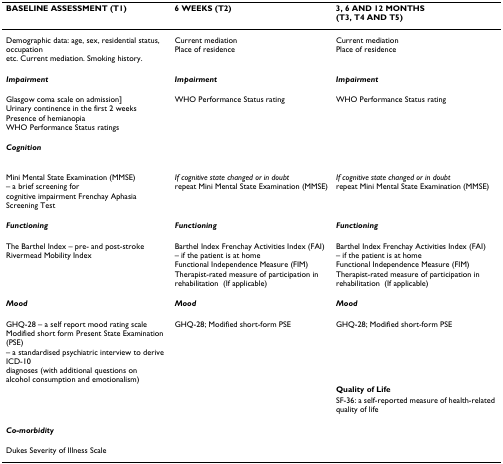
<table><thead><tr><td><b>BASELINE ASSESSMENT (T1)</b></td><td><b>6 WEEKS (T2)</b></td><td><b>3, 6 AND 12 MONTHS(T3, T4 AND T5)</b></td></tr></thead><tbody><tr><td>Demographic data: age, sex, residential status, occupation etc. Current mediation. Smoking history.</td><td>Current mediationPlace of residence</td><td>Current mediationPlace of residence</td></tr><tr><td><b><i>Impairment</i></b></td><td><b><i>Impairment</i></b></td><td><b><i>Impairment</i></b></td></tr><tr><td>Glasgow coma scale on admission]Urinary continence in the first 2 weeksPresence of hemianopiaWHO Performance Status ratings</td><td>WHO Performance Status rating</td><td>WHO Performance Status rating</td></tr><tr><td><b><i>Cognition</i></b></td><td>[EMPTY_CELL]</td><td>[EMPTY_CELL]</td></tr><tr><td>Mini Mental State Examination (MMSE) – a brief screening for cognitive impairment Frenchay Aphasia Screening Test</td><td><i>If cognitive state changed or in doubt </i>repeat Mini Mental State Examination (MMSE)</td><td><i>If cognitive state changed or in doubt </i>repeat Mini Mental State Examination (MMSE)</td></tr><tr><td><b><i>Functioning</i></b></td><td><b><i>Functioning</i></b></td><td><b><i>Functioning</i></b></td></tr><tr><td>The Barthel Index – pre- and post-strokeRivermead Mobility Index</td><td>Barthel Index Frenchay Activities Index (FAI) – if the patient is at homeFunctional Independence Measure (FIM)Therapist-rated measure of participation in rehabilitation(If applicable)</td><td>Barthel Index Frenchay Activities Index (FAI) – if the patient is at homeFunctional Independence Measure (FIM)Therapist-rated measure of participation in rehabilitation(If applicable)</td></tr><tr><td><b><i>Mood</i></b></td><td><b><i>Mood</i></b></td><td><b><i>Mood</i></b></td></tr><tr><td>GHQ-28 – a self report mood rating scaleModified short form Present State Examination (PSE)– a standardised psychiatric interview to derive ICD-10 diagnoses (with additional questions on alcohol consumption and emotionalism)</td><td>GHQ-28; Modified short-form PSE</td><td>GHQ-28; Modified short-form PSE</td></tr><tr><td>[EMPTY_CELL]</td><td>[EMPTY_CELL]</td><td><b>Quality of Life</b></td></tr><tr><td>[EMPTY_CELL]</td><td>[EMPTY_CELL]</td><td>SF-36: a self-reported measure of health-related quality of life</td></tr><tr><td><b><i>Co-morbidity</i></b></td><td>[EMPTY_CELL]</td><td>[EMPTY_CELL]</td></tr><tr><td>Dukes Severity of Illness Scale</td><td>[EMPTY_CELL]</td><td>[EMPTY_CELL]</td></tr></tbody></table>